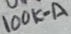
Text: 100K-A